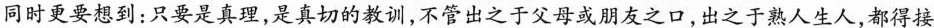
同时更要想到：只要是真理，是真切的教训，不管出之于父母或朋友之口，出之于熟人生人，都得接